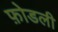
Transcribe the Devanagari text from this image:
फ़ोडली